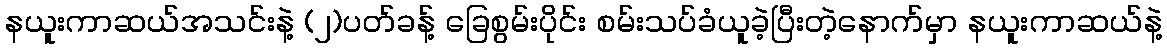
နယူးကာဆယ်အသင်းနဲ့ (၂)ပတ်ခန့် ခြေစွမ်းပိုင်း စမ်းသပ်ခံယူခဲ့ပြီးတဲ့နောက်မှာ နယူးကာဆယ်နဲ့